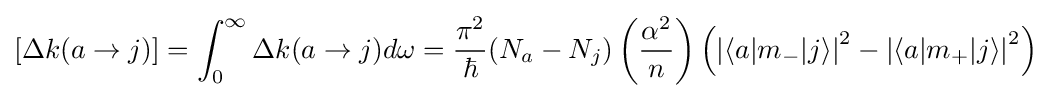
[\Delta k(a\to j)]=\int _{0}^{\infty }\Delta k(a\to j)d\omega ={\frac {\pi ^{2}}{\hbar }}(N_{a}-N_{j})\left({\frac {\alpha ^{2}}{n}}\right)\left(\left|\langle a|m_{-}|j\rangle \right|^{2}-\left|\langle a|m_{+}|j\rangle \right|^{2}\right)